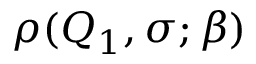
\rho ( Q _ { 1 } , \sigma ; \beta )